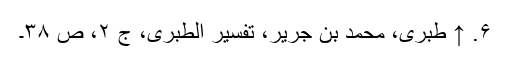
۶. ↑ طبری، محمد بن جریر، تفسیر الطبری، ج ۲، ص ۳۸۔